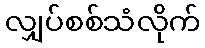
လျှပ်စစ်သံလိုက်